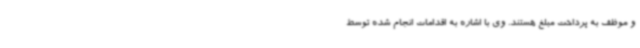
و موظف به پرداخت مبلغ هستند. وی با اشاره به اقدامات انجام شده توسط